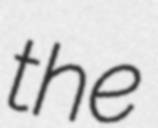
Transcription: the